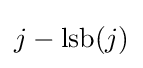
j-\operatorname {lsb} (j)